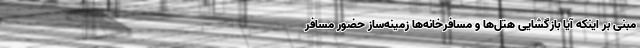
مبنی بر اینکه آیا بازگشایی هتل‌ها و مسافرخانه‌ها زمینه‌ساز حضور مسافر